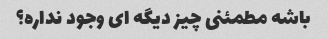
باشه مطمئنی چیز دیگه ای وجود نداره؟